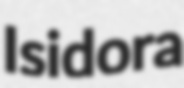
Isidora